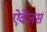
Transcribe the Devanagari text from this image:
ऐवेंजर्स